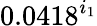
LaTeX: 0.0418^{i_{1}}